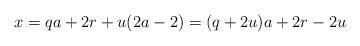
LaTeX: \begin{align*}x & = q a + 2 r + u (2a -2) = (q +2 u) a + 2 r - 2 u\end{align*}